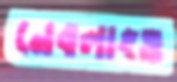
নেবলাংও